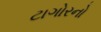
ટાગોરનો